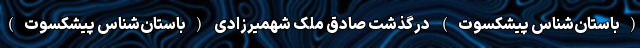
(باستان‌شناس پیشکسوت) درگذشت صادق ملک شهمیرزادی (باستان‌شناس پیشکسوت)